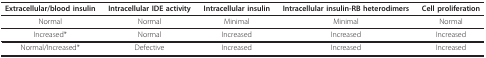
| Extracellular/blood insulin | Intracellular IDE activity | Intracellular insulin | Intracellular insulin-RB heterodimers | Cell proliferation |
 | --- | --- | --- | --- | --- |
 | Normal | Normal | Minimal | Minimal | Normal |
 | Increased* | Normal | Increased | Increased | Increased |
 | Normal/Increased* | Defective | Increased | Increased | Increased |